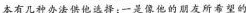
本有几种办法供他选择：一是像他的朋友所希望的